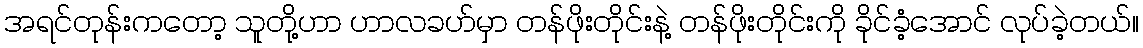
အရင်တုန်းကတော့ သူတို့ဟာ ဟာလခဟ်မှာ တန်ဖိုးတိုင်းနဲ့ တန်ဖိုးတိုင်းကို ခိုင်ခံ့အောင် လုပ်ခဲ့တယ်။